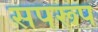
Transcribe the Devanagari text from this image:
सपरूप